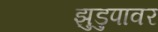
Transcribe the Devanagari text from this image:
झुडुपावर